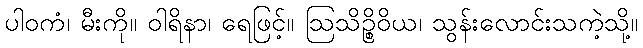
ပါဝကံ၊ မီးကို။ ဝါရိနာ၊ ရေဖြင့်။ ဩသိဉ္စိဝိယ၊ သွန်းလောင်းသကဲ့သို့။